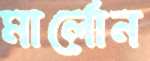
মার্লোন